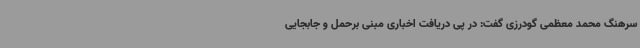
سرهنگ محمد معظمی گودرزی گفت: در پی دریافت اخباری مبنی برحمل و جابجایی